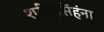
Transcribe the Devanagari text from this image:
श्रीनृसिंहंना